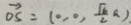
\overrightarrow { O S } = ( 0 , 0 , \frac { \sqrt { 6 } } { 2 } a ) .